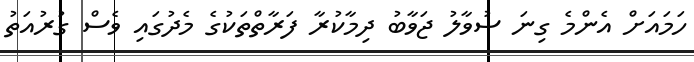
ހަމައަށް އެންމެ ގިނަ ސުވާލު ޖަވާބު ދިމާކުރާ ފަރާތްތަކުގެ މެދުގައި ވެސް ގުރުއަތު